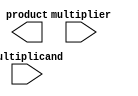
module BaughWooleyMultiplier(
    input [3:0] multiplier,
    input [3:0] multiplicand,
    output reg [7:0] product
);

// Partial Product Generator
reg [7:0] partial_products [3:0];
integer i, j;
always @(*) begin
    for (i = 0; i < 4; i = i + 1) begin
        for (j = 0; j < 4; j = j + 1) begin
            partial_products[i][j+i] = multiplier[j] & multiplicand[i];
        end
    end
end

// Carry-Save Adder Tree
reg [7:0] adder_input [2:0];
integer k;
always @(*) begin
    adder_input[0] = partial_products[0];
    for (k = 1; k < 4; k = k + 1) begin
        adder_input[k] = adder_input[k-1] & partial_products[k];
    end
end

// Final Adder
reg [7:0] carry_outputs;
always @(*) begin
    carry_outputs = adder_input[3] ^ (adder_input[3] << 1);
end

// Result Formatter
always @(*) begin
    product = (carry_outputs[7]) ? {8'b11111111} - carry_outputs + 1 : carry_outputs;
end

endmodule